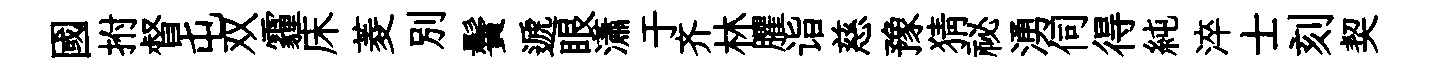
國拊督屯双霾床菱別鬢遞眼瀟于齐林臞诣慈豫猜祕湧伺得純淬士刻契